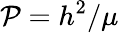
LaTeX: \mathcal{P}=h^{2}/\mu